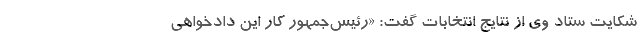
شکایت ستاد وی از نتایج انتخابات گفت: «رئیس‌جمهور کار این دادخواهی